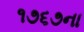
૧૭૬૭ના